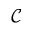
\mathcal { C }